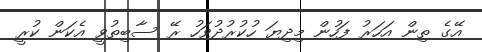
އޭގެ ތިން އަހަރު ފަހުން މިދިޔަ ހުކުރުދުވަހު ރޭ ސާބިތުވީ އެކަން ކުރީ